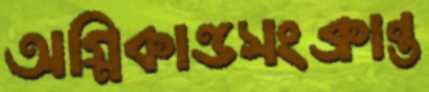
অগ্নিকাণ্ডসংক্রান্ত